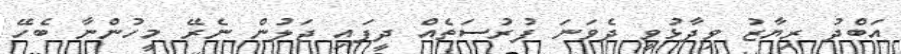
އަބްދު ރިޔާޒު ވިދާޅުވީ ދެވަނަ ފުރުސަތެއް ދީފައި ޖަލުން ނެރޭ މީހުންނާ ބެހޭ